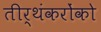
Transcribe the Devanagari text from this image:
तीर्थंकरोंको